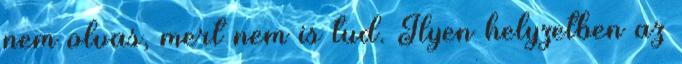
nem olvas, mert nem is tud. Ilyen helyzetben az